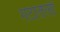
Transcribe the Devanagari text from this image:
गटातली